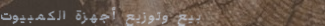
بيع وتوزيع أجهزة الكمبيوت